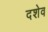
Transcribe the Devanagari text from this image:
दशेव